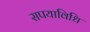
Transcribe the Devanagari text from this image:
सपयाविधि